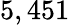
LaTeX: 5,451